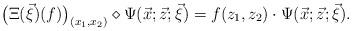
LaTeX: \begin{align*}\bigl(\Xi(\vec{\xi})(f)\bigr)_{(x_1, x_2)} \diamond \Psi(\vec{x}; \vec{z}; \vec{\xi}) = f(z_1, z_2) \cdot \Psi(\vec{x}; \vec{z}; \vec{\xi}).\end{align*}